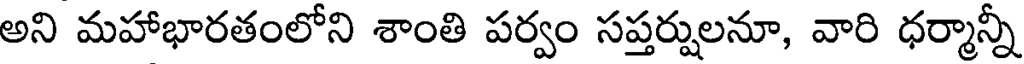
అని మహాభారతంలోని శాంతి పర్వం సప్తర్షులనూ, వారి ధర్మాన్నీ